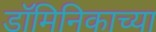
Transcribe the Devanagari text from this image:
डॉमिनिकाच्या